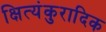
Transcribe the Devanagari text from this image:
क्षित्यंकुरादिक